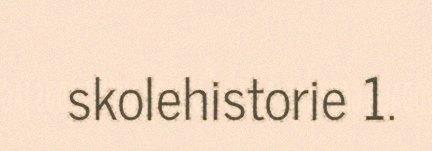
skolehistorie 1.